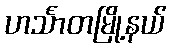
ဟင်္သာတမြို့နယ်